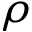
\rho